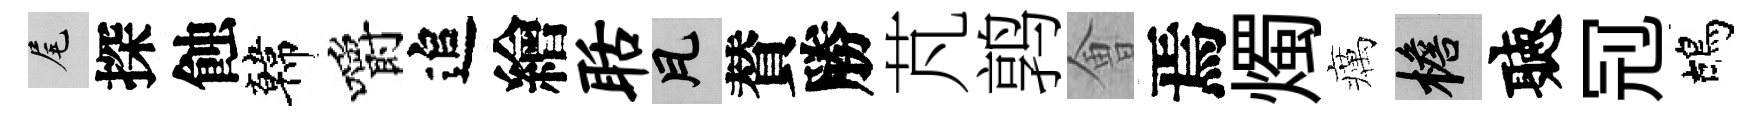
尾探蝕韓嚼追繪聒瓦賛勝芃鹑㑹焉燭癘檐聽𠜍鴣